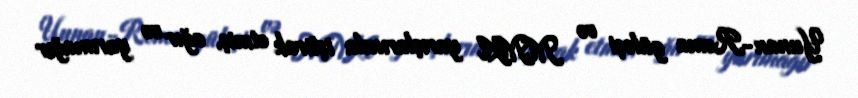
Yunan-Roma güləşi və MMA yarışlarında iştirak etmiş, ağır və yarımağır